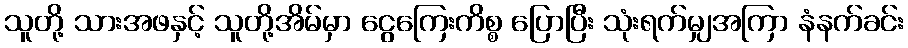
သူတို့ သားအဖနှင့် သူတို့အိမ်မှာ ငွေကြေးကိစ္စ ပြောပြီး သုံးရက်မျှအကြာ နံနက်ခင်း